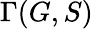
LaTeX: \Gamma(G,S)